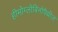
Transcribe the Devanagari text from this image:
हीमोग्लोबिनोपैथीज़